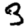
Digit: 3